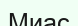
Миас